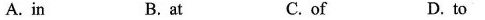
A. in B. at C. of D. to